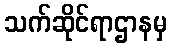
သက်ဆိုင်ရာဌာနမှ